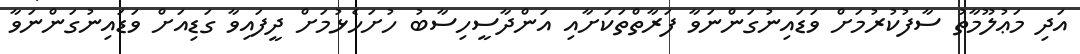
އަދި މަޢުލޫމާތު ސާފުކުރުމަށް ވަޑައިނުގަންނަވާ ފަރާތްތަކަށާއި އަންދާސީހިސާބު ހުށަހެޅުމަށް ދީފައިވާ ގަޑިއަށް ވަޑައިނުގަންނަވާ